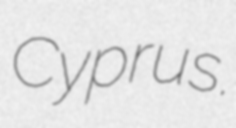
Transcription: Cyprus.